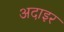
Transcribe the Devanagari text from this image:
अदाइर